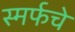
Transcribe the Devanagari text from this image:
स्मर्फचे